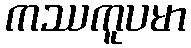
ကဿကူပမာ